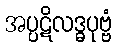
အပ္ပဋိလဒ္ဓပုဗ္ဗံ